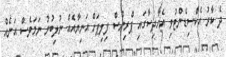
ދެ ކާރު އެކްސިޑެންޓުވި އެހާދިސާގައި ޕްރިންސް ފިލިޕަށް އަނިޔާއެއް ނުލިބުނު ނަމަވެސް އަނެއް